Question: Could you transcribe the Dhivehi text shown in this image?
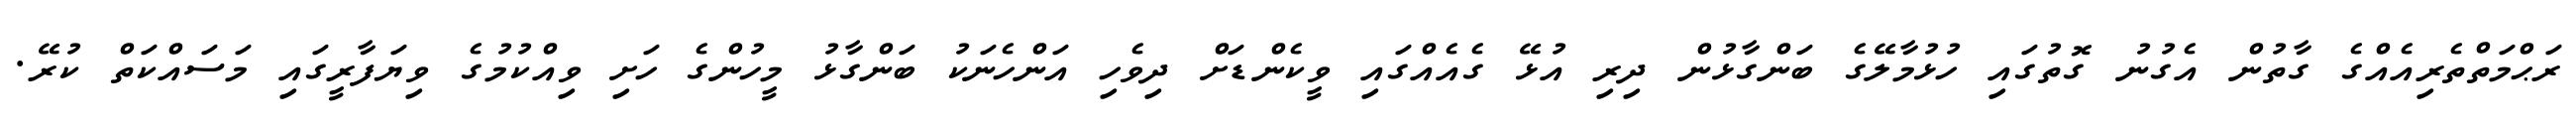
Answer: ރަޙްމަތްތެރިއެއްގެ ގާތުން އެގުނު ގޮތުގައި ހުޅުމާލޭގެ ބަންގާޅުން ދިރި އުޅޭ ގެއެއްގައި ވީކެންޑަށް ދިވެހި އަންހެނަކު ބަންގާޅު މީހުންގެ ހަށި ވިއްކުމުގެ ވިޔަފާރީގައި މަސައްކަތް ކުރޭ.